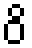
ဝိ